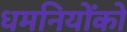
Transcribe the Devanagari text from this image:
धमनियोंको